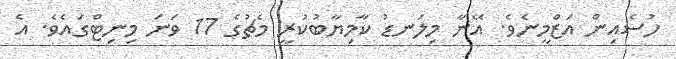
ހުސެއިން އަޒްމީނެވެ. އޭނާ މިލަނޑު ކާމިޔާބުކުރީ މެޗުގެ 17 ވަނަ މިނިޓްގައެވެ. އެ